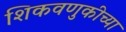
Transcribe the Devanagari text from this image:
शिकवणुकीच्‍या